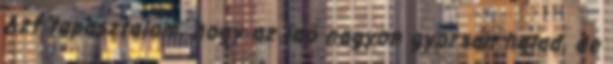
Azt tapasztalom, hogy az idő nagyon gyorsan halad, de